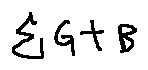
\sum G + B